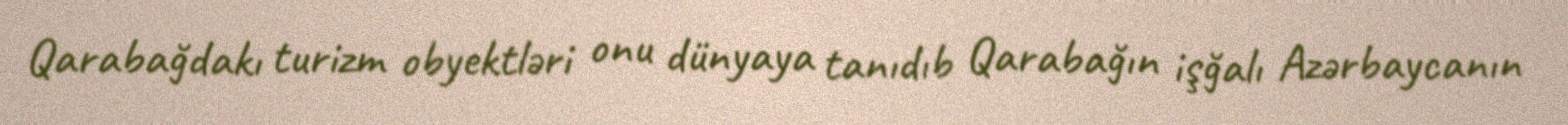
Qarabağdakı turizm obyektləri onu dünyaya tanıdıb Qarabağın işğalı Azərbaycanın